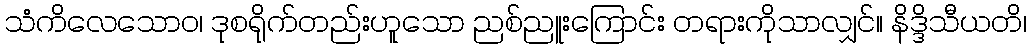
သံကိလေသောဝ၊ ဒုစရိုက်တည်းဟူသော ညစ်ညူးကြောင်း တရားကိုသာလျှင်။ နိဒ္ဒိသီယတိ၊